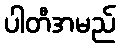
ပါတီအမည်